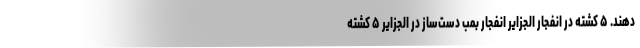
دهند. ۵ کشته در انفجار الجزایر انفجار بمب دست‌ساز در الجزایر ۵ کشته